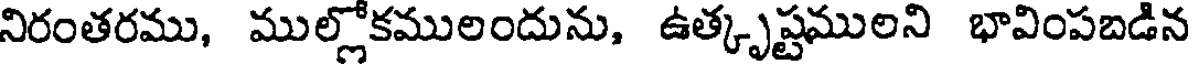
నిరంతరము, ముల్లోకములందును, ఉత్కృష్టములని భావింపబడిన